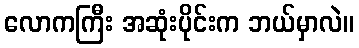
လောကကြီး အဆုံးပိုင်းက ဘယ်မှာလဲ။